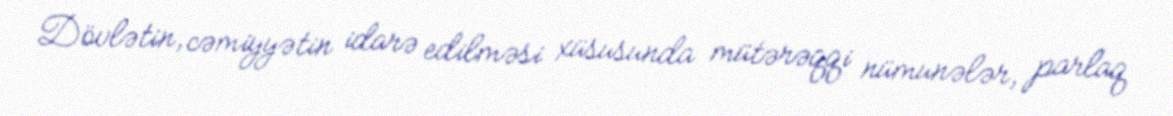
Dövlətin, cəmiyyətin idarə edilməsi xüsusunda mütərəqqi nümunələr, parlaq